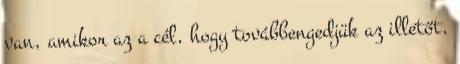
van, amikor az a cél, hogy továbbengedjük az illetőt,